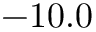
- 1 0 . 0